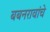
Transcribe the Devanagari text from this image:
बबनरावांचे